65_HS1-834228961_62-HQ-83894_Section_9
Agency: FBI
Page 24
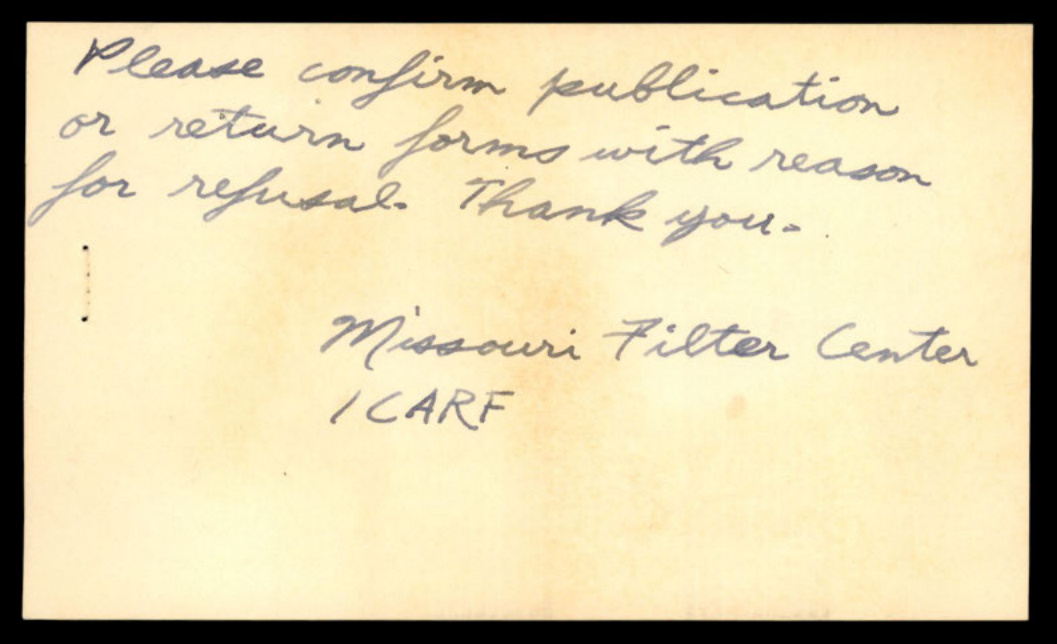